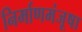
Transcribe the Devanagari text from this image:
निर्माणमंजूषा